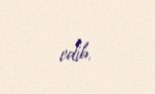
edib.